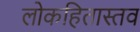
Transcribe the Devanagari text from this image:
लोकहितास्तव